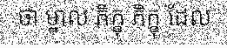
ថា ម្នាល ភិក្ខុ ភិក្ខុ ដែល